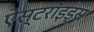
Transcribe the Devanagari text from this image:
ऐस्टरॉइड्स